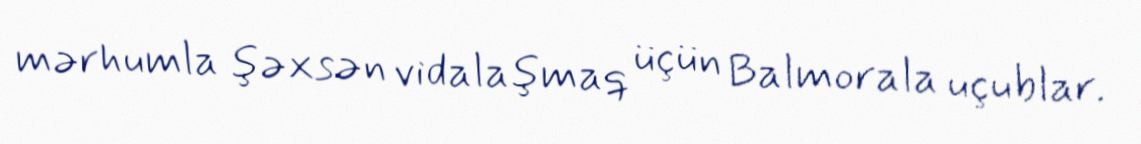
mərhumla şəxsən vidalaşmaq üçün Balmorala uçublar.